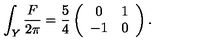
{ \int _ { Y } { \frac { F } { 2 \pi } } = { \frac { 5 } { 4 } } \left( \begin{array} { c c } { 0 } & { 1 } \\ { - 1 } & { 0 } \\ \end{array} \right) . }